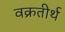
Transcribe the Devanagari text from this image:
वक्रतीर्थ